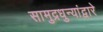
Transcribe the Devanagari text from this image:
सामुद्रधुन्यांद्वारे